Annual statistical returns and brief notes on vaccination in Bengal - 1887-1898
Year: 1887
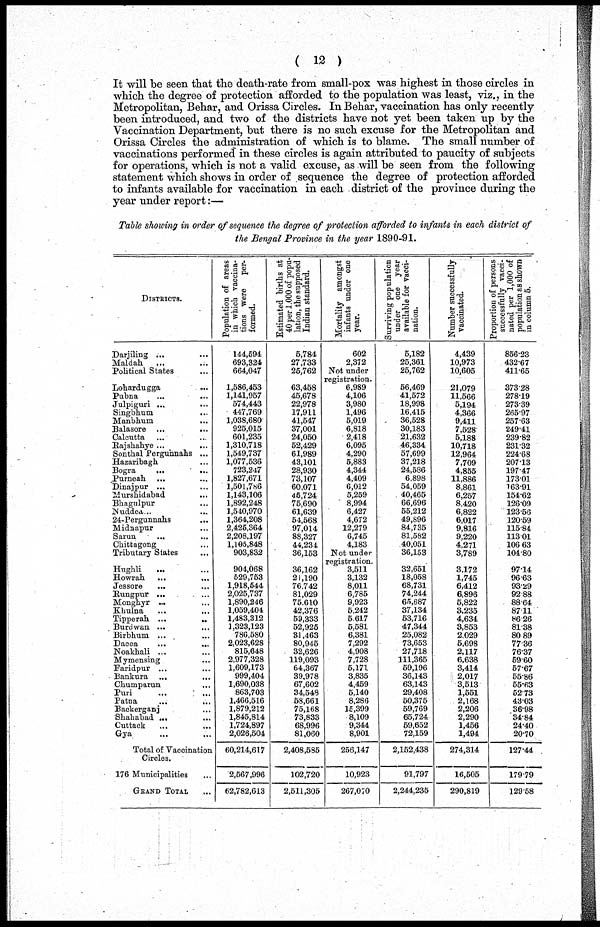
( 12 )
It will be seen that the death-rate from small-pox was highest in those circles in
which the degree of protection afforded to the population was least, viz., in the
Metropolitan, Behar, and Orissa Circles. In Behar, vaccination has only recently
been introduced, and two of the districts have not yet been taken up by the
Vaccination Department, but there is no such excuse for the Metropolitan and
Orissa Circles the administration of which is to blame. The small number of
vaccinations performed in these circles is again attributed to paucity of subjects
for operations, which is not a valid excuse, as will be seen from the following
statement which shows in order of sequence the degree of protection afforded
to infants available for vaccination in each district of the province during the
year under report :—
Table showing in order of sequence the degree of protection afforded to infants in each district of
the Bengal Province in the year 1890-91.
DISTRICTS.
Darjiling ... ...
Maldah ... ...
Political States ...
Lohardugga ...
Pubna
...
...
Julpiguri ... ...
Singbhum
...
Manbhum ...
Balasore
...
...
Calcutta ... ...
Rajshahye
...
...
Sonthal Pergunnahs ...
Hazaribagh ...
Bogra
...
...
Purneah ... ...
Dinajpur ... ...
Murshidabad ...
Bhagulpur ...
Nuddea ...
24-Pergunnahs
...
Midnapur ...
Sarun
...
...
Chittagong ...
Tributary States ...
Hughli ... ...
Howrah ... ...
Jessore ... ...
Rungpur ... ...
Monghyr ... ...
Khulna ... ...
Tipperah
...
...
Burdwan ... ...
Birbhum ... ...
Dacca ... ...
Noakhali ... ...
Mymensing ... ...
Faridpur ... ...
Bankura ... ...
Chumparun ... ...
Puri ... ...
Patna
...
...
Backerganj ...
Shahabad
...
...
Cuttack
...
...
Gya ... ...
Total of Vaccination
Circles.
176 Municipalities ...
GRAND TOTAL ...
Population of areas
in which vaccina-
tions were per-
formed.
144,594
693,324
664,047
1,586,453
1,141,957
574,443
447,769
1,038,680
925,015
601,235
1,310,718
1,549,737
1,077,536
723,247
1,827,671
1,501,786
1,143,106
1,892,248
1,540,970
1,364,208
2,425,364
2,208,197
1,105,848
903,832
904,068
529,753
1,918,544
2,025,737
1,890,246
1,059,404
1,483,312
1,323,123
786,580
2,023,628
815,648
2,977,328
1,609,173
999,404
1,690,038
863,703
1,466,516
1,879,212
1,845,814
1,724,897
2,026,504
60,214,617
2,567,996
62,782,613
Estimated births at
40 per 1,000 of popu-
lation, the supposed
Indian standard.
5,784
27,733
25,762
63,458
45,678
22,978
17,911
41,547
37,001
24,050
52,429
61,989
43,101
28,930
73,107
60,071
45,724
75,690
61,639
54,568
97,014
88,327
44,234
36,153
36,162
21,190
76,742
81,029
75,610
42,376
59,333
52,925
31,463
80,945
32,626
119,093
64,367
39,978
67,602
34,548
58,661
75,168
73,833
68,996
81,060
2,408,585
102,720
2,511,305
Mortality amongst
infants under one
year.
602
2,372
Not under
registration.
6,989
4,106
3,980
1,496
5,019
6,818
2,418
6,095
4,290
5,883
4,344
4,409
6,012
5,259
8,994
6,427
4,672
12,279
6,745
4,183
Not under
registration.
3,511
3,132
8,011
6,785
9,923
5,242
5,617
5,581
6,381
7,292
4,908
7,728
5,171
3,835
4,459
5,140
8,286
15,399
8,109
9,344
8,901
256,147
10,923
267,070
Surviving population
under one year
available for vacci-
nation.
5,182
25,361
25,762
56,469
41,572
18,998
16,415
36,528
30,183
21,632
46,334
57,699
37,218
24,586
6,898
54,059
40,465
66,696
55,212
49,896
84,735
81,582
40,051
36,153
32,651
18,058
68,731
74,244
65,687
37,134
53,716
47,344
25,082
73,653
27,718
111,365
59,196
36,143
63,143
29,408
50,375
59,769
65,724
59,652
72,159
2,152,438
91,797
2,244,235
Number successfully
vaccinated.
4,439
10,973
10,605
21,079
11,566
5,194
4,366
9,411
7,528
5,188
10,718
12,964
7,709
4,855
11,886
8,861
6,257
8,420
6,822
6,017
9,816
9,220
4,271
3,789
3,172
1,745
6,412
6,896
5,822
3,235
4,634
3,853
2,029
5,698
2,117
6,638
3,414
2,017
3,513
1,551
2,168
2,206
2,290
1,456
1,494
274,314
16,505
290,819
Proportion of persons
successfully vacci-
nated per 1,000 of
population as shown
in column 5.
856.23
432.67
411.65
373.28
278.19
273.39
265.97
257.63
249.41
239.82
231.32
224.68
207.13
197.47
173.01
163.91
154.62
126.09
123.56
120.59
115.84
113.01
106.63
104.80
97.14
96.63
93.29
92.88
88.64
87.11
86.26
81.38
80.89
77.36
76.37
59.60
57.67
55.86
55.63
52.73
43.03
36.98
34.84
24.40
20.70
127.44
179.79
129.58